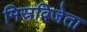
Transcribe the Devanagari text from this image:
मिस्रविजेता